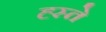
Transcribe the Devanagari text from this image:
ह्स्ते